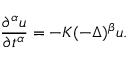
{ \frac { \partial ^ { \alpha } u } { \partial t ^ { \alpha } } } = - K ( - \Delta ) ^ { \beta } u .